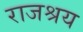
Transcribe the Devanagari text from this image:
राजश्रय